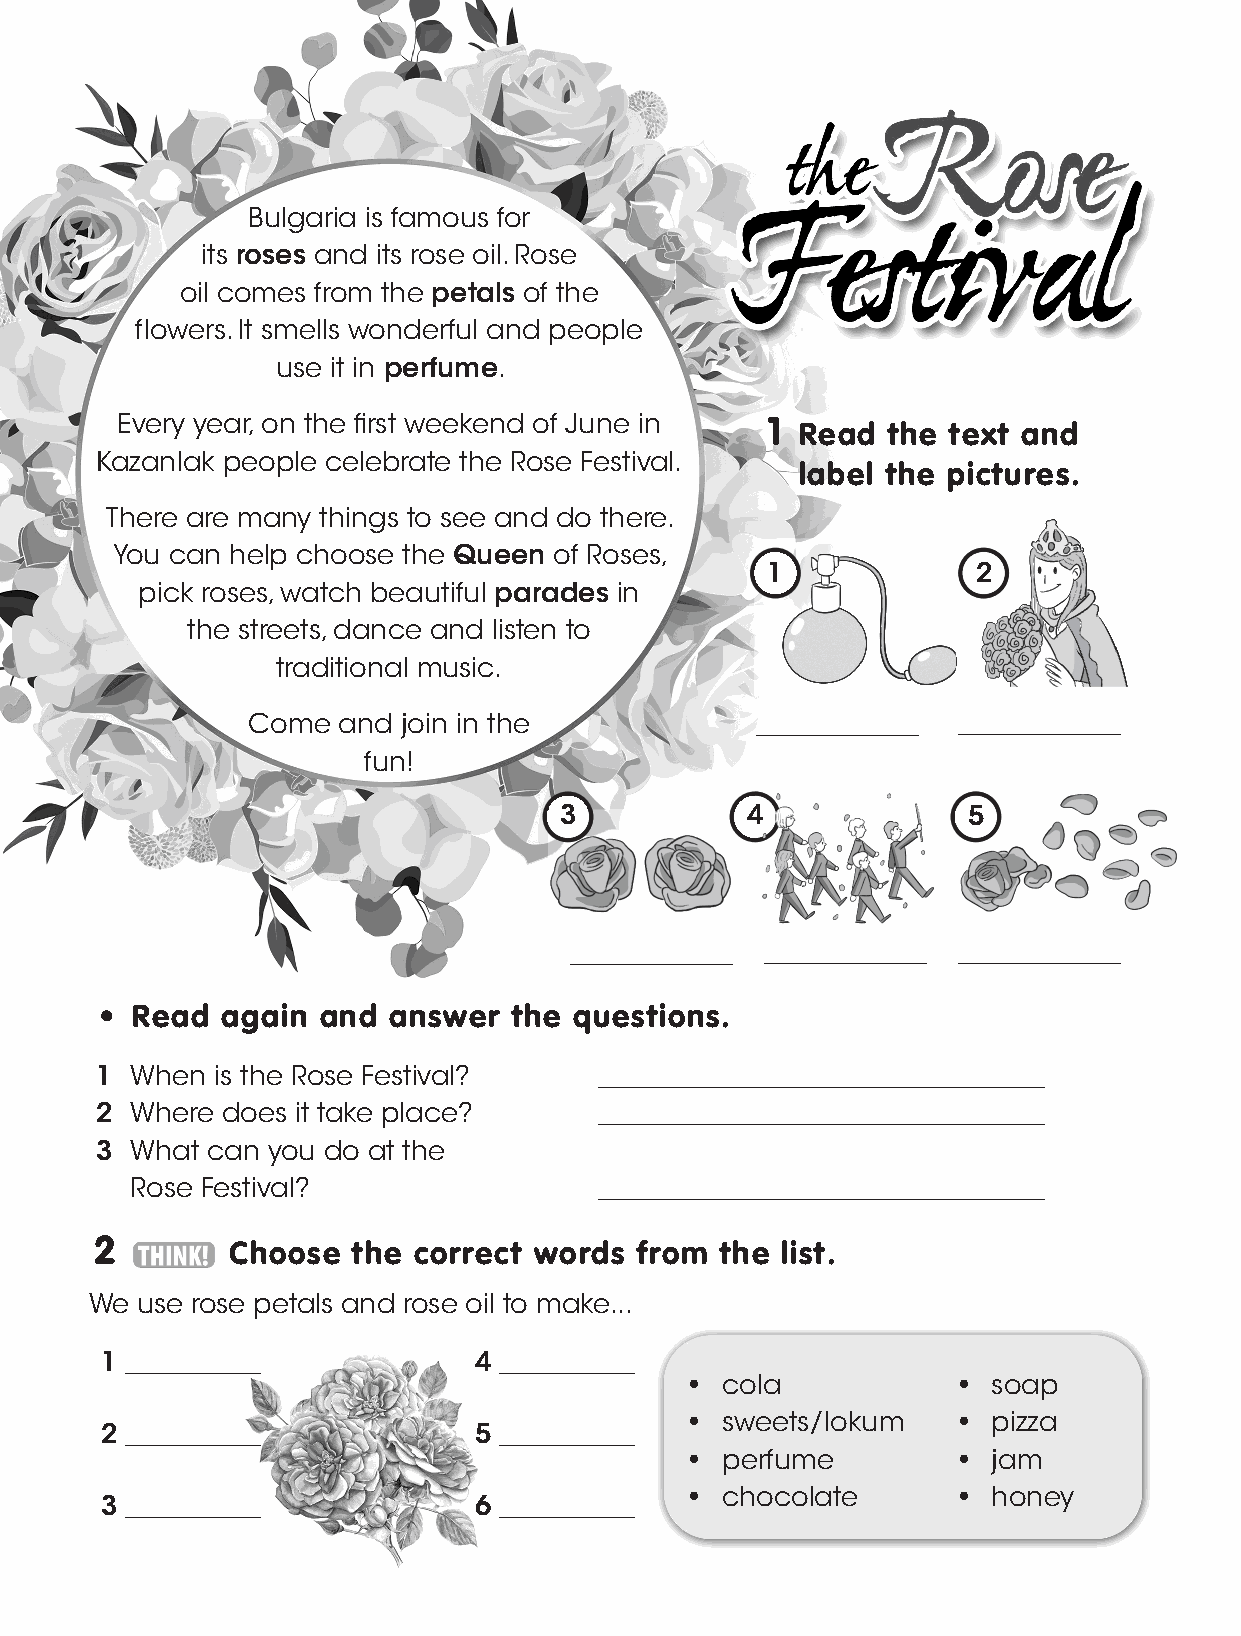
Bulgaria is famous for
 its roses and its rose oil. Rose
 oil comes from the petals of the
 flowers. It smells wonderful and people
 use it in perfume.
 Every year, on the first weekend of June in 1
 Read  the text and
 Kazanlak people celebrate the Rose Festival.
 label the pictures.
 There are many things to see and do there.
 You can help choose the Queen of Roses,
 1             2
 pick roses, watch beautiful parades in
 the streets, dance and listen to
 traditional music.
 Come  and  join in the            ____________ ____________
 fun!
 3           4              5
 ____________ ____________ ____________
 • Read  again and  answer  the questions.
 1  When is the Rose Festival?     _________________________________
 2  Where does it take place?      _________________________________
 3  What can you do at the
 Rose Festival?                 _________________________________
 2        Choose  the correct words  from  the list.
 We use rose petals and rose oil to make...
 1 __________            4 __________
 •  cola           •  soap
 •  sweets/lokum   •  pizza
 2 __________            5 __________
 •  perfume        •  jam
 •  chocolate      •  honey
 3 __________            6 __________